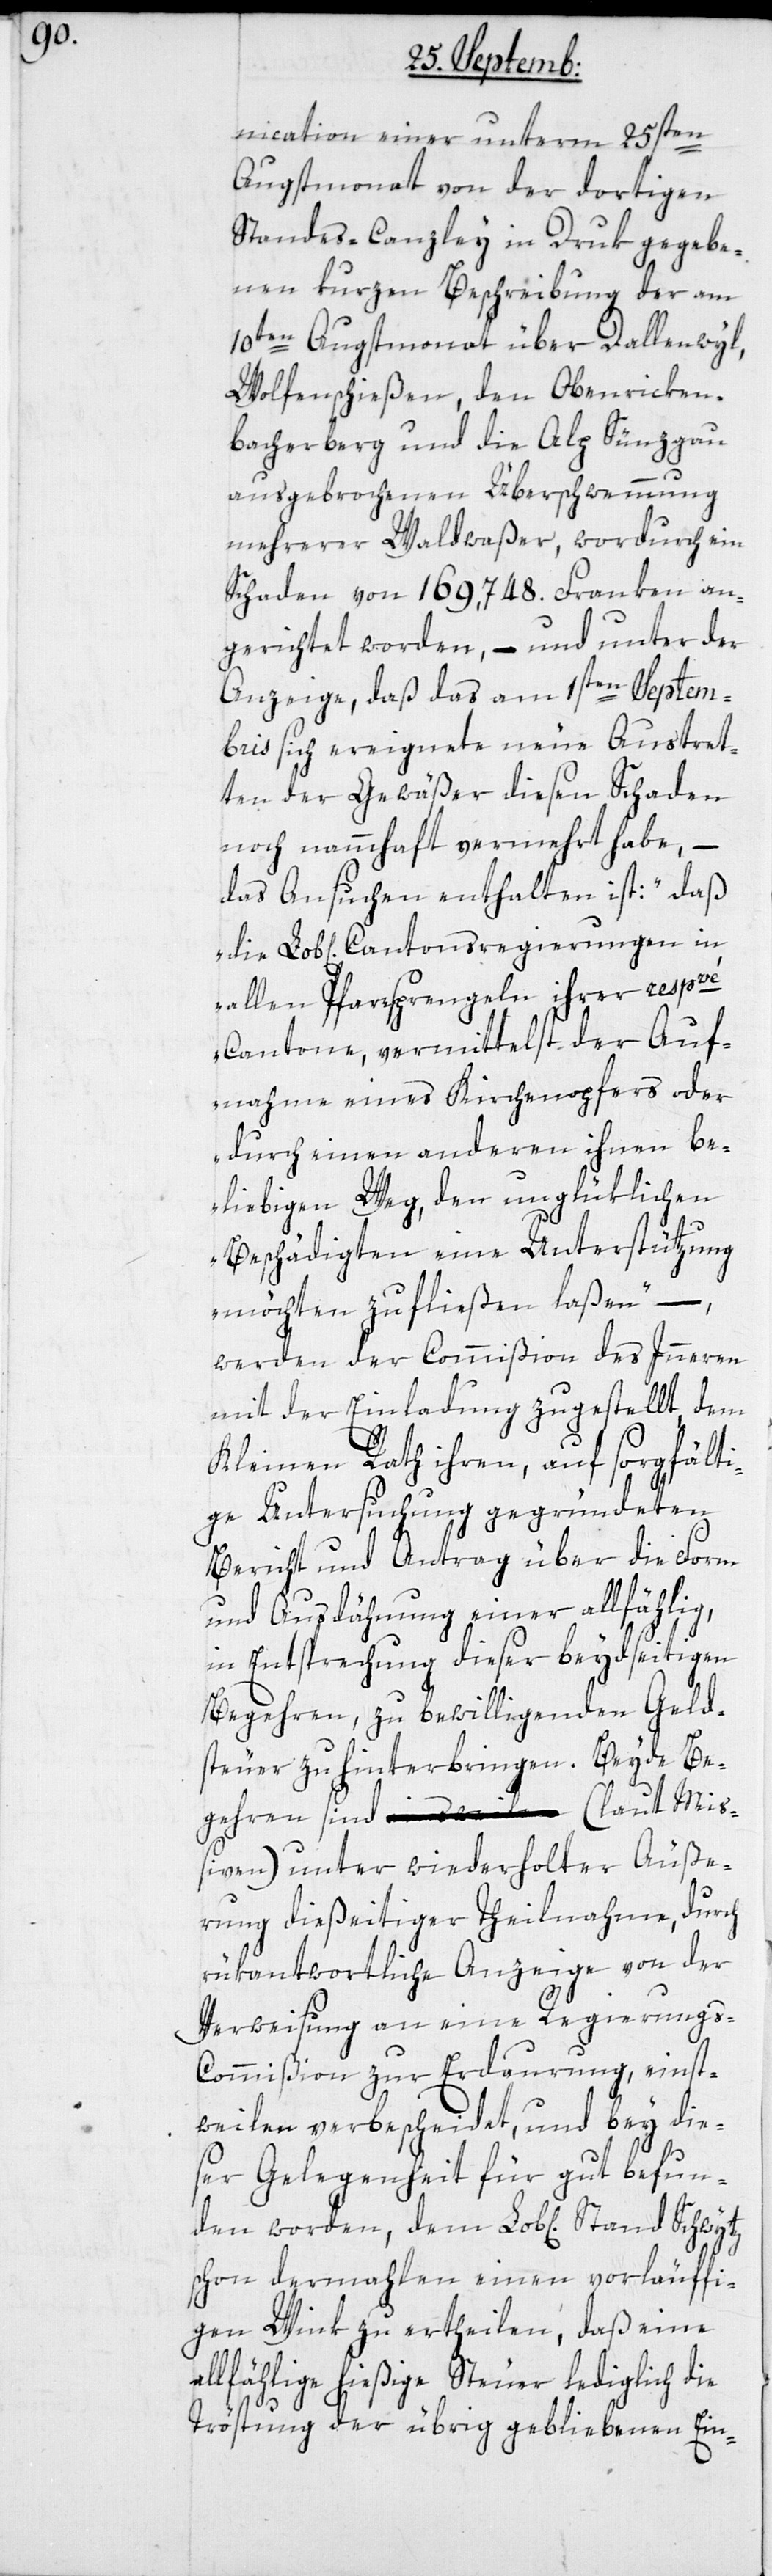
nication einer unterm 25sten
Augstmonat von der dortigen
Standescanzley in Druk gegebe¬
nen kurzen Beschreibung der am
10ten Augstmonat über Dallenwyl,
Wolfenschießen, den Obenricken¬
bacherberg und die Alp Sünzgau
ausgebrochenen Überschwemmung
mehrerer Waldwaßer, wordurch ein
Schaden von 169 748. Franken an¬
gerichtet worden, – und unter der
Anzeige, daß das am 1sten Septem¬
bris sich ereignete neue Austret¬
ten der Gewäßer diesen Schaden
noch nammhaft vermehrt habe, –
das Ansuchen enthalten ist: „daß
Lobl[ichen] Cantonsregierungen in
allen Pfarrsprengeln ihrer respvé
Cantone, vermittelst der Auf¬
nahme eines Kirchenopfers oder
durch einen anderen ihnen be¬
liebigen Weg, den unglüklichen
Beschädigten eine Unterstützung
möchten zufließen laßen“ –
werden der Commißion des Innern
mit der Einladung zugestellt, dem
Kleinen Rath ihren, auf sorgfälti¬
ge Untersuchung gegründeten
Bericht und Antrag über die Form
und Ausdehnung einer allfählig,
in Entsprechung dieser beydseitigen
Begehren, zu bewilligenden Geld¬
steuer zu hinterbringen. Beide Be¬
gehren sind (laut Mi¬
ßiven) unter wiederholter Äuße¬
rung dießeitiger Theilnahme, durch
rükantwortliche Anzeige von der
Verweisung an eine Regierung¬
s-Commißion zur Erdaurung, einst¬
weilen verbescheidet, und bey die¬
ser Gelegenheit für gut befun¬
den worden, dem Lobl[ichen] Stand
schon dermahlen einen vorläuffi¬
gen Wink zu ertheilen, daß eine
allfählige hießige Steuer lediglich die
Tröstung der übrig gebliebenen Ein-